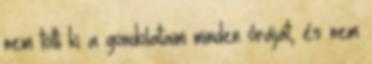
nem tölti ki a gondolataim minden óráját, és nem